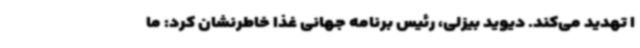
ا تهدید می‌کند. دیوید بیزلی، رئیس برنامه جهانی غذا خاطرنشان کرد: ما